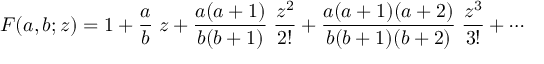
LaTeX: F ( a , b ; z ) = 1 + { \frac { a } { b } } \; z + { \frac { a ( a + 1 ) } { b ( b + 1 ) } } \; { \frac { z ^ { 2 } } { 2 ! } } + { \frac { a ( a + 1 ) ( a + 2 ) } { b ( b + 1 ) ( b + 2 ) } } \; { \frac { z ^ { 3 } } { 3 ! } } + \cdots